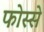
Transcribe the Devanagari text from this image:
फोस्से